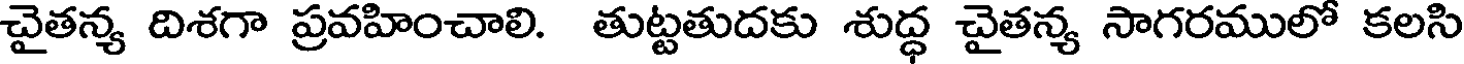
చైతన్య దిశగా ప్రవహించాలి. తుట్టతుదకు శుద్ధ చైతన్య సాగరములో కలసి